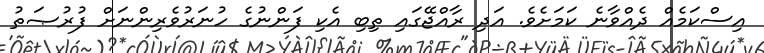
އިސްކަމެއް ދެއްވާނެ ކަމަށެވެ. އަދި ރާއްޖޭގައި ތިބި އެކި ފަންނުގެ ހުނަރުވެރިންނަށް ފުރުޞަތު